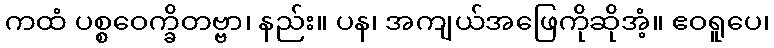
ကထံ ပစ္စဝေက္ခိတဗ္ဗာ၊ နည်း။ ပန၊ အကျယ်အဖြေကိုဆိုအံ့။ ဧဝရူပေ၊